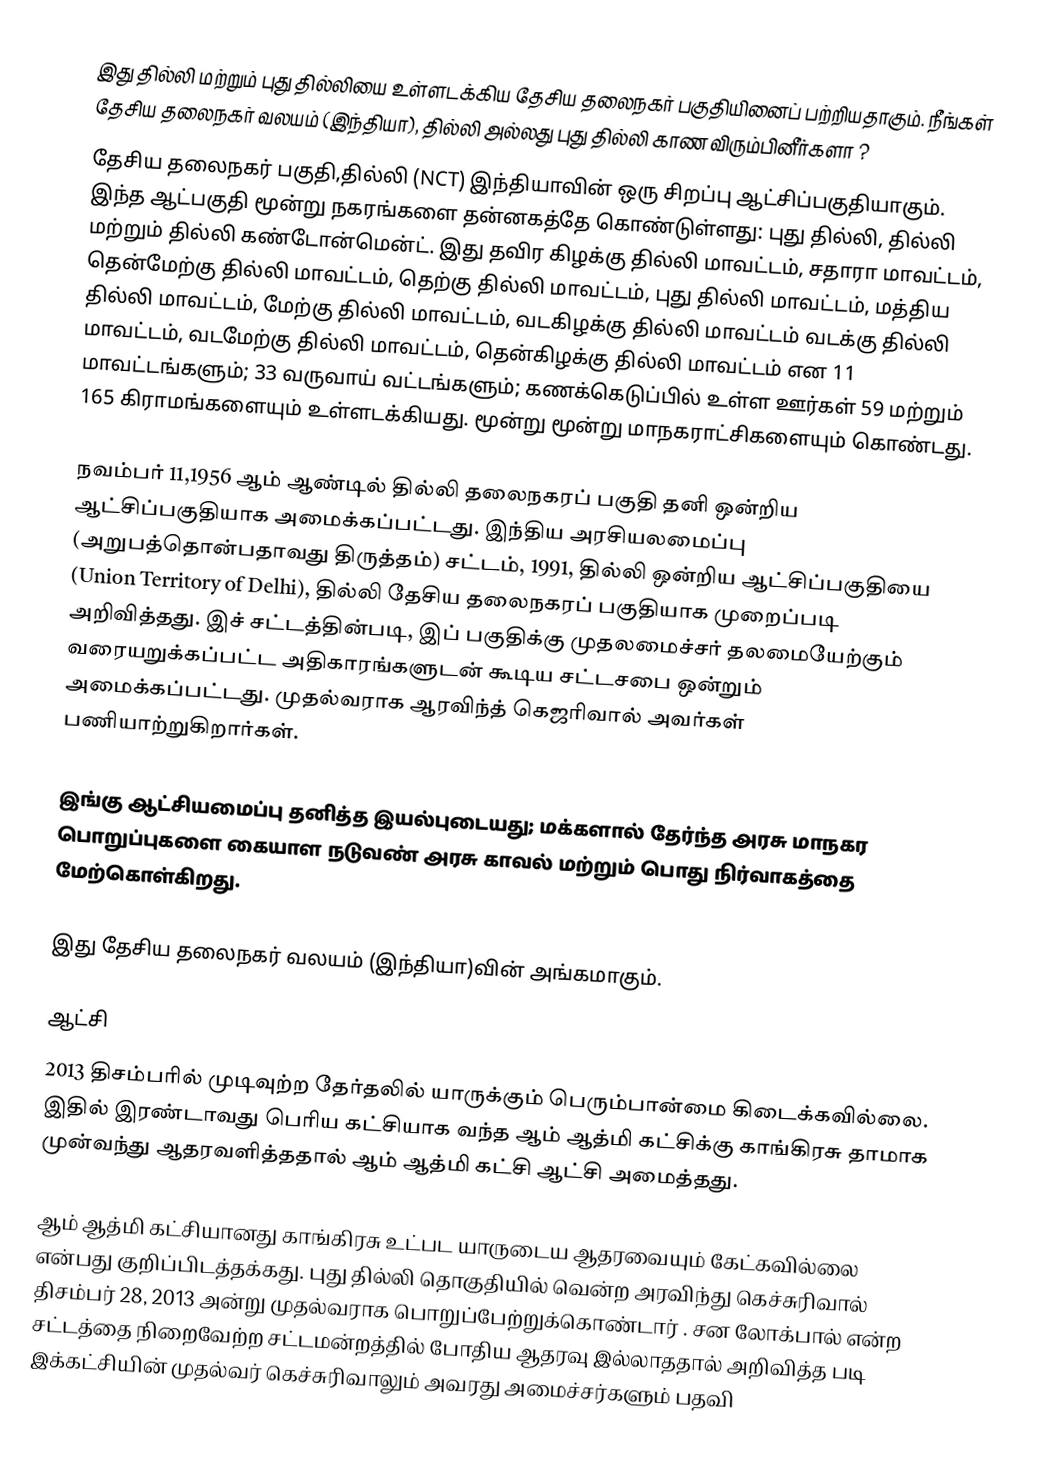
இது தில்லி மற்றும் புது தில்லியை உள்ளடக்கிய தேசிய தலைநகர் பகுதியினைப் பற்றியதாகும். நீங்கள் தேசிய தலைநகர் வலயம் (இந்தியா), தில்லி அல்லது புது தில்லி காண விரும்பினீர்களா ?
தேசிய தலைநகர் பகுதி,தில்லி (NCT) இந்தியாவின் ஒரு சிறப்பு ஆட்சிப்பகுதியாகும்.  இந்த ஆட்பகுதி மூன்று நகரங்களை தன்னகத்தே கொண்டுள்ளது: புது தில்லி, தில்லி மற்றும் தில்லி கண்டோன்மென்ட். இது தவிர கிழக்கு தில்லி மாவட்டம், சதாரா மாவட்டம், தென்மேற்கு தில்லி மாவட்டம்,  தெற்கு தில்லி மாவட்டம், புது தில்லி மாவட்டம், மத்திய தில்லி மாவட்டம்,  மேற்கு தில்லி மாவட்டம், வடகிழக்கு தில்லி மாவட்டம் வடக்கு தில்லி மாவட்டம், வடமேற்கு தில்லி மாவட்டம், தென்கிழக்கு தில்லி மாவட்டம் என  11 மாவட்டங்களும்; 33 வருவாய் வட்டங்களும்; கணக்கெடுப்பில் உள்ள ஊர்கள் 59 மற்றும் 165 கிராமங்களையும் உள்ளடக்கியது. மூன்று மூன்று மாநகராட்சிகளையும் கொண்டது.

நவம்பர் 11,1956 ஆம் ஆண்டில் தில்லி தலைநகரப் பகுதி தனி ஒன்றிய ஆட்சிப்பகுதியாக அமைக்கப்பட்டது. இந்திய அரசியலமைப்பு (அறுபத்தொன்பதாவது திருத்தம்) சட்டம், 1991, தில்லி ஒன்றிய ஆட்சிப்பகுதியை (Union Territory of Delhi), தில்லி தேசிய தலைநகரப் பகுதியாக முறைப்படி அறிவித்தது. இச் சட்டத்தின்படி, இப் பகுதிக்கு முதலமைச்சர் தலமையேற்கும் வரையறுக்கப்பட்ட அதிகாரங்களுடன் கூடிய சட்டசபை ஒன்றும்   அமைக்கப்பட்டது. முதல்வராக ஆரவிந்த் கெஜரிவால் அவர்கள் பணியாற்றுகிறார்கள்.

இங்கு ஆட்சியமைப்பு தனித்த இயல்புடையது; மக்களால் தேர்ந்த அரசு மாநகர பொறுப்புகளை கையாள நடுவண் அரசு காவல் மற்றும் பொது நிர்வாகத்தை மேற்கொள்கிறது.

இது தேசிய தலைநகர் வலயம் (இந்தியா)வின் அங்கமாகும்.

ஆட்சி
2013 திசம்பரில் முடிவுற்ற தேர்தலில் யாருக்கும் பெரும்பான்மை கிடைக்கவில்லை. இதில் இரண்டாவது பெரிய கட்சியாக வந்த ஆம் ஆத்மி கட்சிக்கு காங்கிரசு தாமாக முன்வந்து ஆதரவளித்ததால் ஆம் ஆத்மி கட்சி ஆட்சி அமைத்தது.

ஆம் ஆத்மி கட்சியானது காங்கிரசு உட்பட யாருடைய ஆதரவையும் கேட்கவில்லை என்பது குறிப்பிடத்தக்கது. புது தில்லி தொகுதியில் வென்ற அரவிந்து கெச்சுரிவால் திசம்பர் 28, 2013 அன்று முதல்வராக பொறுப்பேற்றுக்கொண்டார் . சன லோக்பால் என்ற சட்டத்தை நிறைவேற்ற சட்டமன்றத்தில் போதிய ஆதரவு இல்லாததால் அறிவித்த படி இக்கட்சியின் முதல்வர் கெச்சுரிவாலும் அவரது அமைச்சர்களும் பதவி